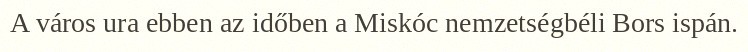
A város ura ebben az időben a Miskóc nemzetségbéli Bors ispán.